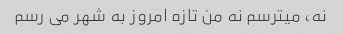
نه، میترسم نه من تازه امروز به شهر می رسم